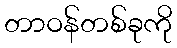
တာဝန်တစ်ခုကို